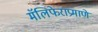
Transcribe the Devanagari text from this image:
मॅलिफेराप्रमाणे